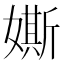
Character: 𡡒